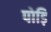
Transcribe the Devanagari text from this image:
पोड़ि